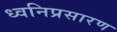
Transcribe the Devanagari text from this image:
ध्वनिप्रसारण